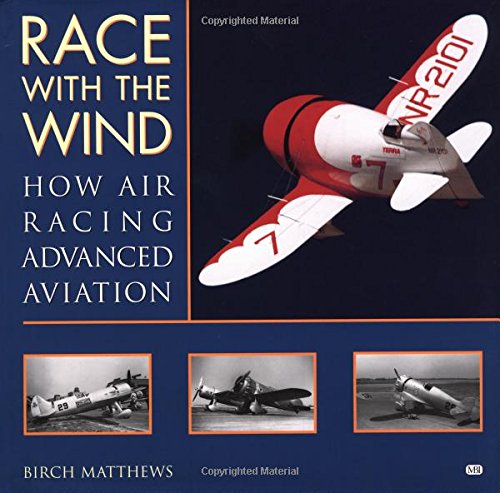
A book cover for Race with the Wind: How Air Racing Advanced Aviation; Birch Matthews; Sports & Outdoors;